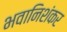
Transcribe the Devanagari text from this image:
भवानिशंकर